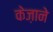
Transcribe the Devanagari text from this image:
केज़ाने